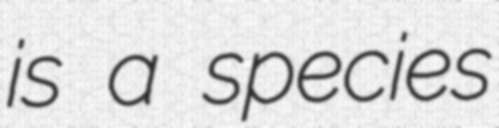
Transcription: is a species